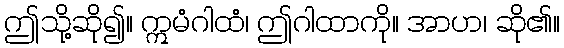
ဤသို့ဆို၍။ ဣမံဂါထံ၊ ဤဂါထာကို။ အာဟ၊ ဆို၏။